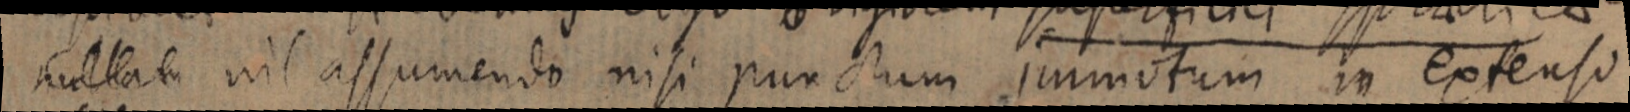
nullam nil assumendo nisi punctum immotum in extenso